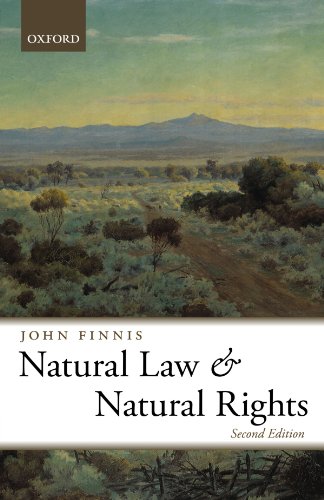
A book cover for Natural Law and Natural Rights (Clarendon Law Series); John Finnis; Law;